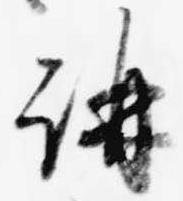
講